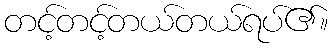
တင့်တင့်တယ်တယ်ရပ်၏။